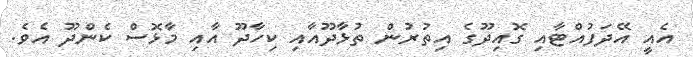
އެއީ އޭދަފުއްޓާއި ގޮއިދޫގެ އިތުރުން ތުޅާދޫއާއި ކިހާދޫ އާއި މާޅޮސް ކެންދޫ އެވެ.